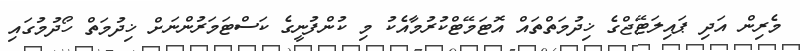
މެރިން އަދި ޕައިލަޓޭޖްގެ ޚިދުމަތްތައް އޮޓަމޭޓްކުރުމާއެކު މި ކުންފުނީގެ ކަސްޓަމަރުންނަށް ޚިދުމަތް ހޯދުމުގައި